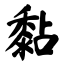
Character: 黏